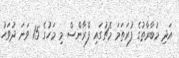
އަދި މުބާރާތުގެ ފުރަތަމަ މެޗުގައި ފްރާންސް މި މަހުގެ 15 ވަނަ ދުވަހު